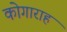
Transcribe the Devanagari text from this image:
कोगाराह